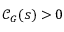
\mathcal { C } _ { G } ( s ) > 0